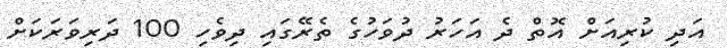
އަދި ކުރިއަށް އޮތް ދެ އަހަރު ދުވަހުގެ ތެރޭގައި ދިވެހި 100 ދަރިވަރަކަށް